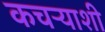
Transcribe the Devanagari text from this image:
कचऱ्याशी